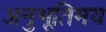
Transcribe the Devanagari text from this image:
अनुभूतिमय